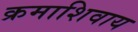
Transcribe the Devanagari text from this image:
क्रमाशिवाय